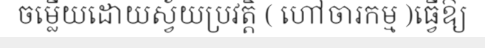
ចម្លើយដោយស្វ័យប្រវត្តិ ( ហៅចារកម្ម )ធ្វើឱ្យ